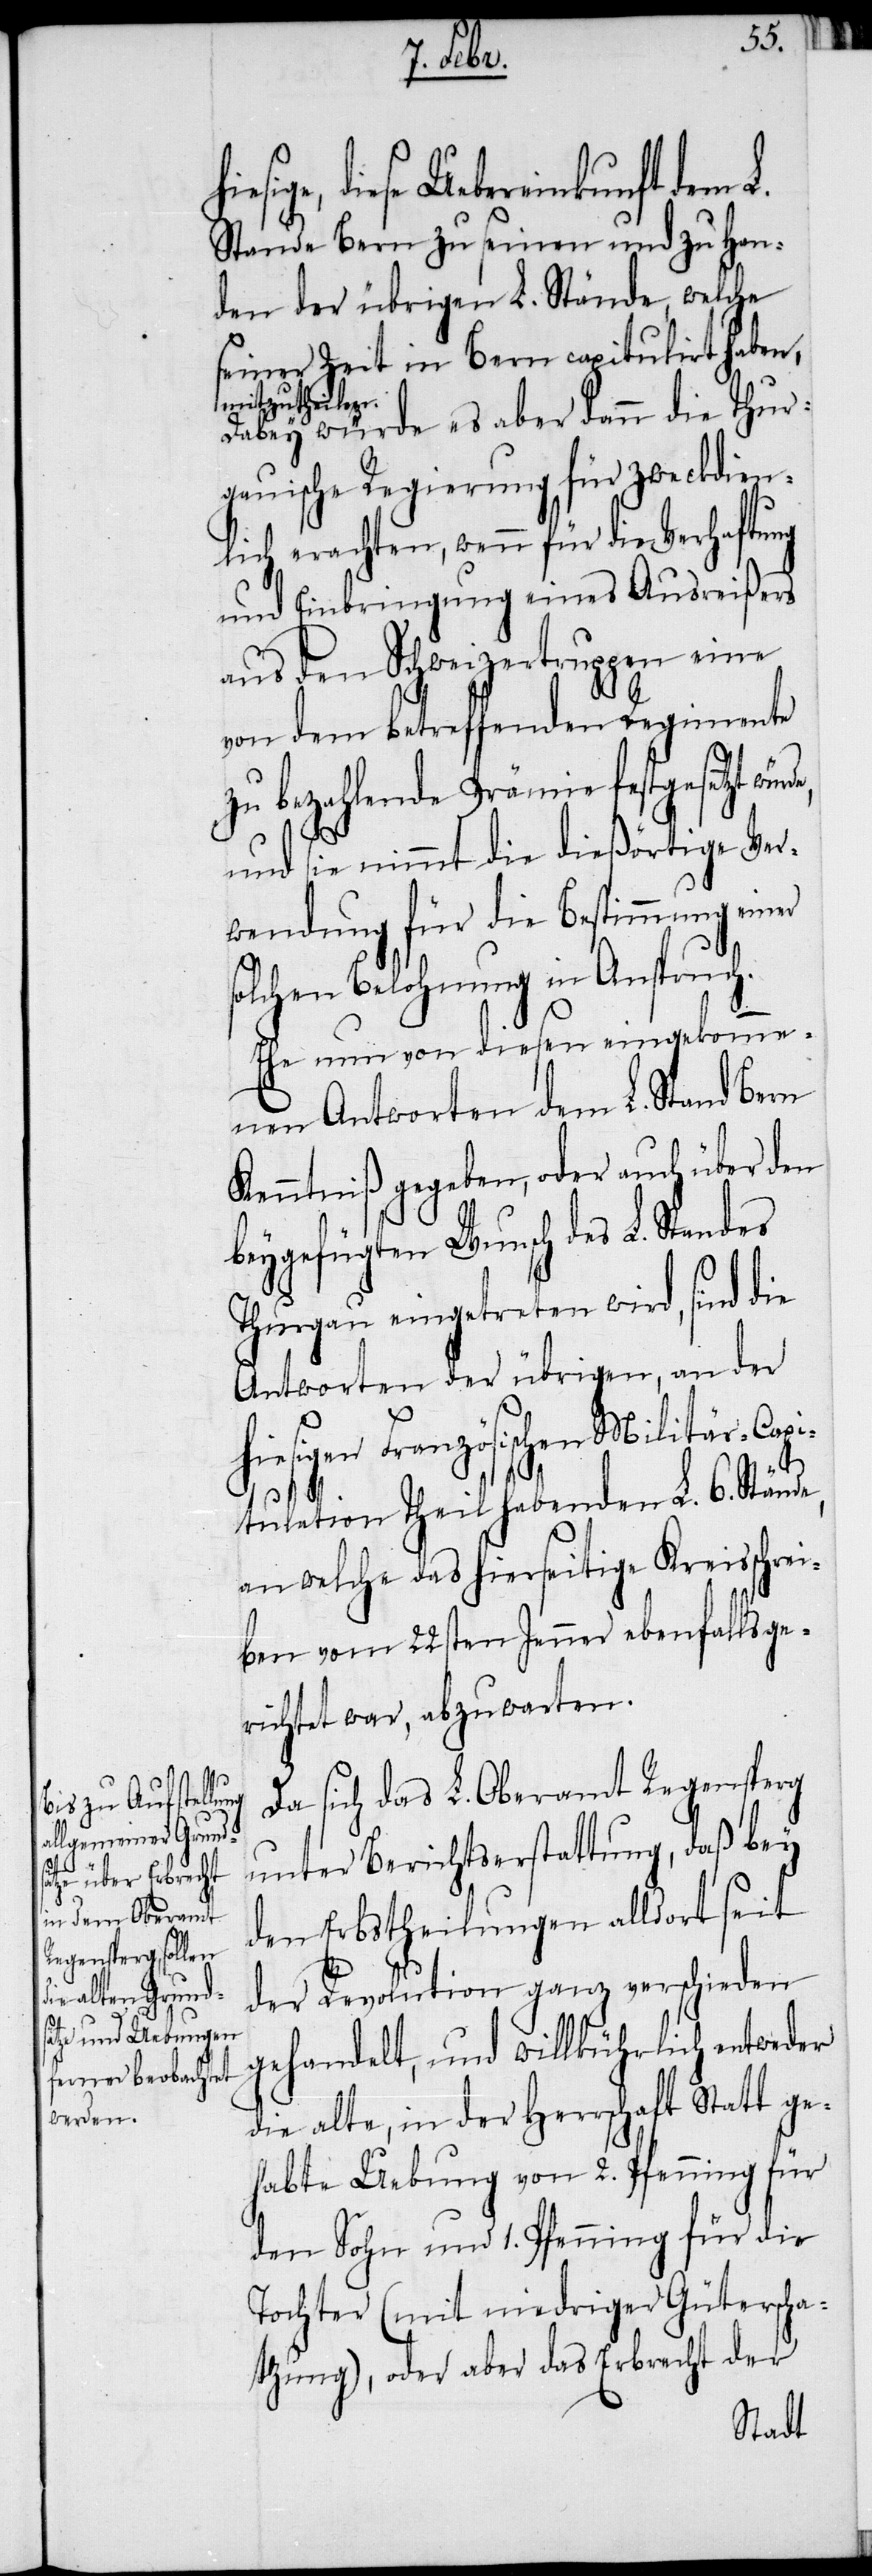
hies¬

ige, diese Uebereinkunft dem
Stande Bern zu seinen und zu Han¬
den der übrigen L. Stände, welche
seiner Zeit in Bern capitulirt haben,
mitzutheilen.
Dabey würde es aber dann die Thur¬
gauische Regierung für zweckdien¬
lich erachten, wenn für die Verhaftung
und Einbringung eines Ausreißers
aus den Schweizertruppen eine
von dem betreffenden Regimente
zu bezahlende Prämie festgesetzt
und sie nimmt die dießörtige Ver¬
wendung für die Bestimmung einer
olchen Belohnung in Anspruch.
Ehe nun von diesen eingekomme¬
nen Antworten dem L. Stand Bern
Kenntniß gegeben, oder auch über den
beygefügten Wunsch des L. Standes
Thurgau eingetreten wird, sind die
Antworten der übrigen, an der
igen Französischen Militär-Cap¬
itulation Theil habenden L. 6. Stände,
an welche das hierseitige Kreisschrei¬
ben vom 22sten Jenner ebenfalls ge¬
richtet war, abzuwarten.
Da sich das L. Oberamt Regensperg
unter Berichtserstattung, daß bey
den Erbstheilungen alldort seit
der Revolution ganz verschieden
gehandelt, und willkührlich entweder
die alte, in der Herrschaft Statt ge¬
habte Uebung von 2. Pfenning für
den Sohn und 1. Pfenning für die
Tochter (mit niedriger Güterscha¬
tzung), oder aber das Erbrecht der